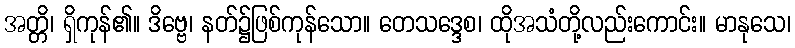
အတ္တိ၊ ရှိကုန်၏။ ဒိဗ္ဗေ၊ နတ်၌ဖြစ်ကုန်သော။ တေသဒ္ဒေစ၊ ထိုအသံတို့လည်းကောင်း။ မာနုသေ၊